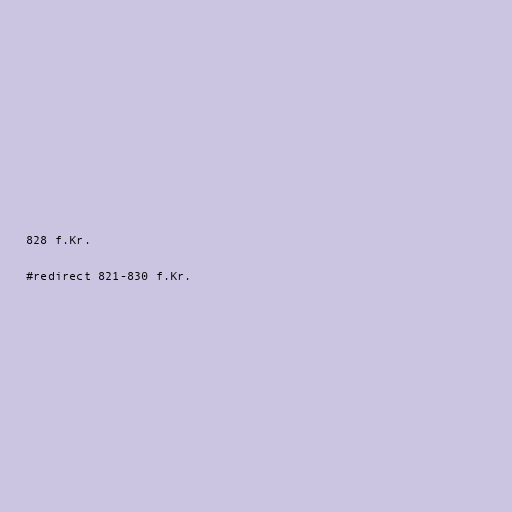
828 f.Kr.

#redirect 821-830 f.Kr.